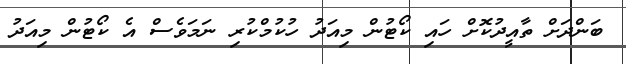
ބަންދަށް ތާއީދުކޮށް ހައި ކޯޓުން މިއަދު ހުކުމްކުރި ނަމަވެސް އެ ކޯޓުން މިއަދު